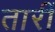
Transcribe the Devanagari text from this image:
तारीं